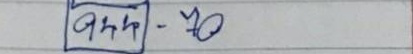
944 - 70